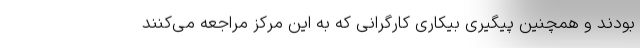
بودند و همچنین پیگیری بیکاری کارگرانی که به این مرکز مراجعه می‌کنند